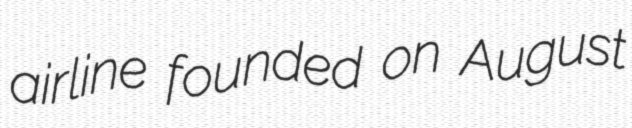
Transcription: airline founded on August